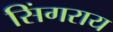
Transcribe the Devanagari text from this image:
सिंगराय